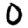
Digit: 0